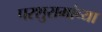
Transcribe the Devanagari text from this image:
परशुरामांच्या